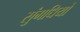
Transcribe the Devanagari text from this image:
सुंगधियों